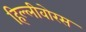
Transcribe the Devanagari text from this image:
हिल्लीवोरस